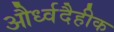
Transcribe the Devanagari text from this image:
और्ध्वदैहीक